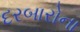
દરબારોના